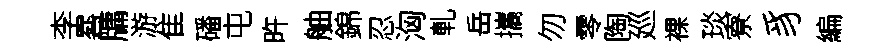
李晷牗游隹磻屯旿舳錦忍洶軋岳攜勿零陶廵裸琰寮豸編